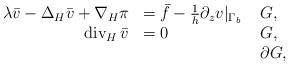
LaTeX: \begin{align*} \begin{array}{rll}\lambda\bar v - \Delta_H\bar v + \nabla_H\pi & = \bar f - \frac1h\partial_zv|_{\Gamma_b} & \;G, \\\mathrm{div}_H\,\bar v & = 0 & \;G, \\& & \;\partial G,\end{array}\end{align*}